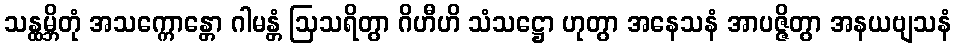
သန္ထမ္ဘိတုံ အသက္ကောန္တော ဂါမန္တံ ဩသရိတွာ ဂိဟီဟိ သံသဋ္ဌော ဟုတွာ အနေသနံ အာပဇ္ဇိတွာ အနယဗျသနံ